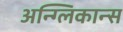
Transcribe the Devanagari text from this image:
अन्ग्लिकान्स